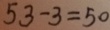
5 3 - 3 = 5 0